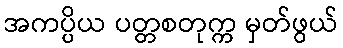
အကပ္ပိယ ပတ္တစတုက္က မှတ်ဖွယ်